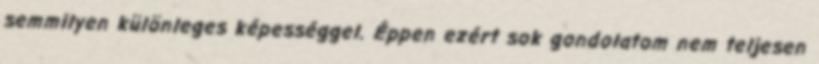
semmilyen különleges képességgel. Éppen ezért sok gondolatom nem teljesen